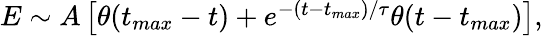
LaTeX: \begin{array}{r}{E\sim A\left[\theta(t_{max}-t)+e^{-(t-t_{max})/\tau}\theta(t-t_{max})\right],}\end{array}